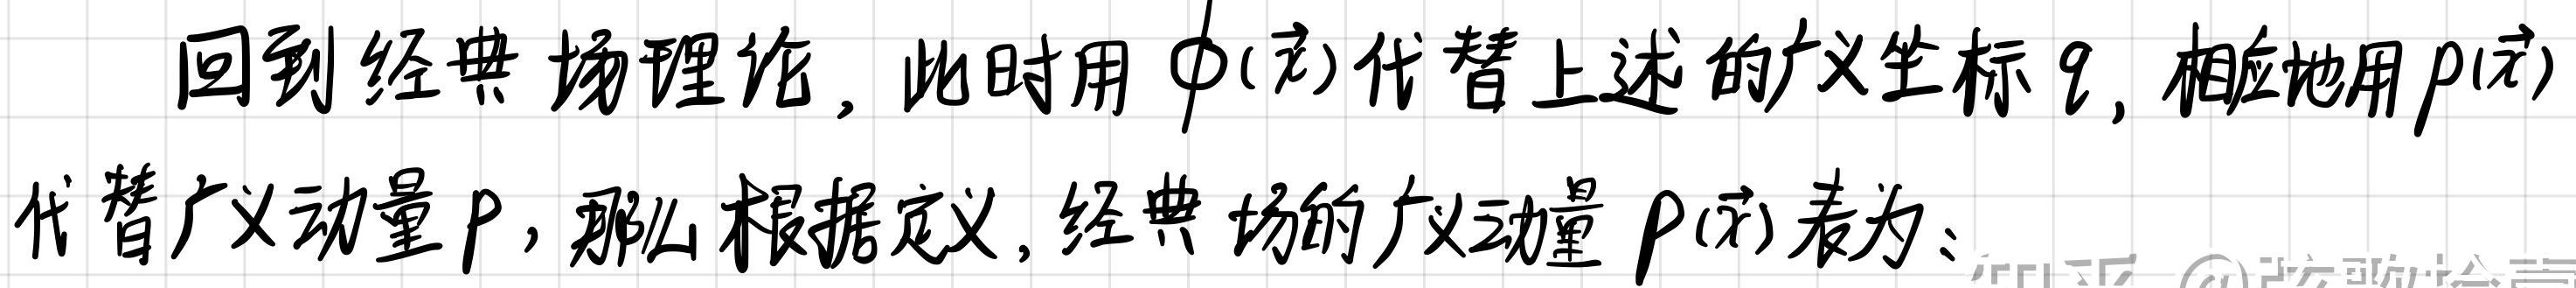
回到经典场理论，此时用$\phi(\vec{x})$代替上述的广义坐标$q$，相应地用$\pi(\vec{x})$代替广义动量$p$，那么根据定义，经典场的广义动量$\pi(\vec{x})$表为：